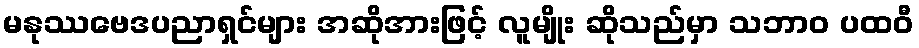
မနုဿဗေဒပညာရှင်များ အဆိုအားဖြင့် လူမျိုး ဆိုသည်မှာ သဘာဝ ပထဝီ